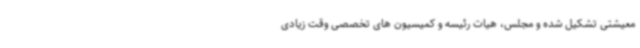
معیشتی تشکیل شده و مجلس، هیات رئیسه و کمیسیون های تخصصی وقت زیادی